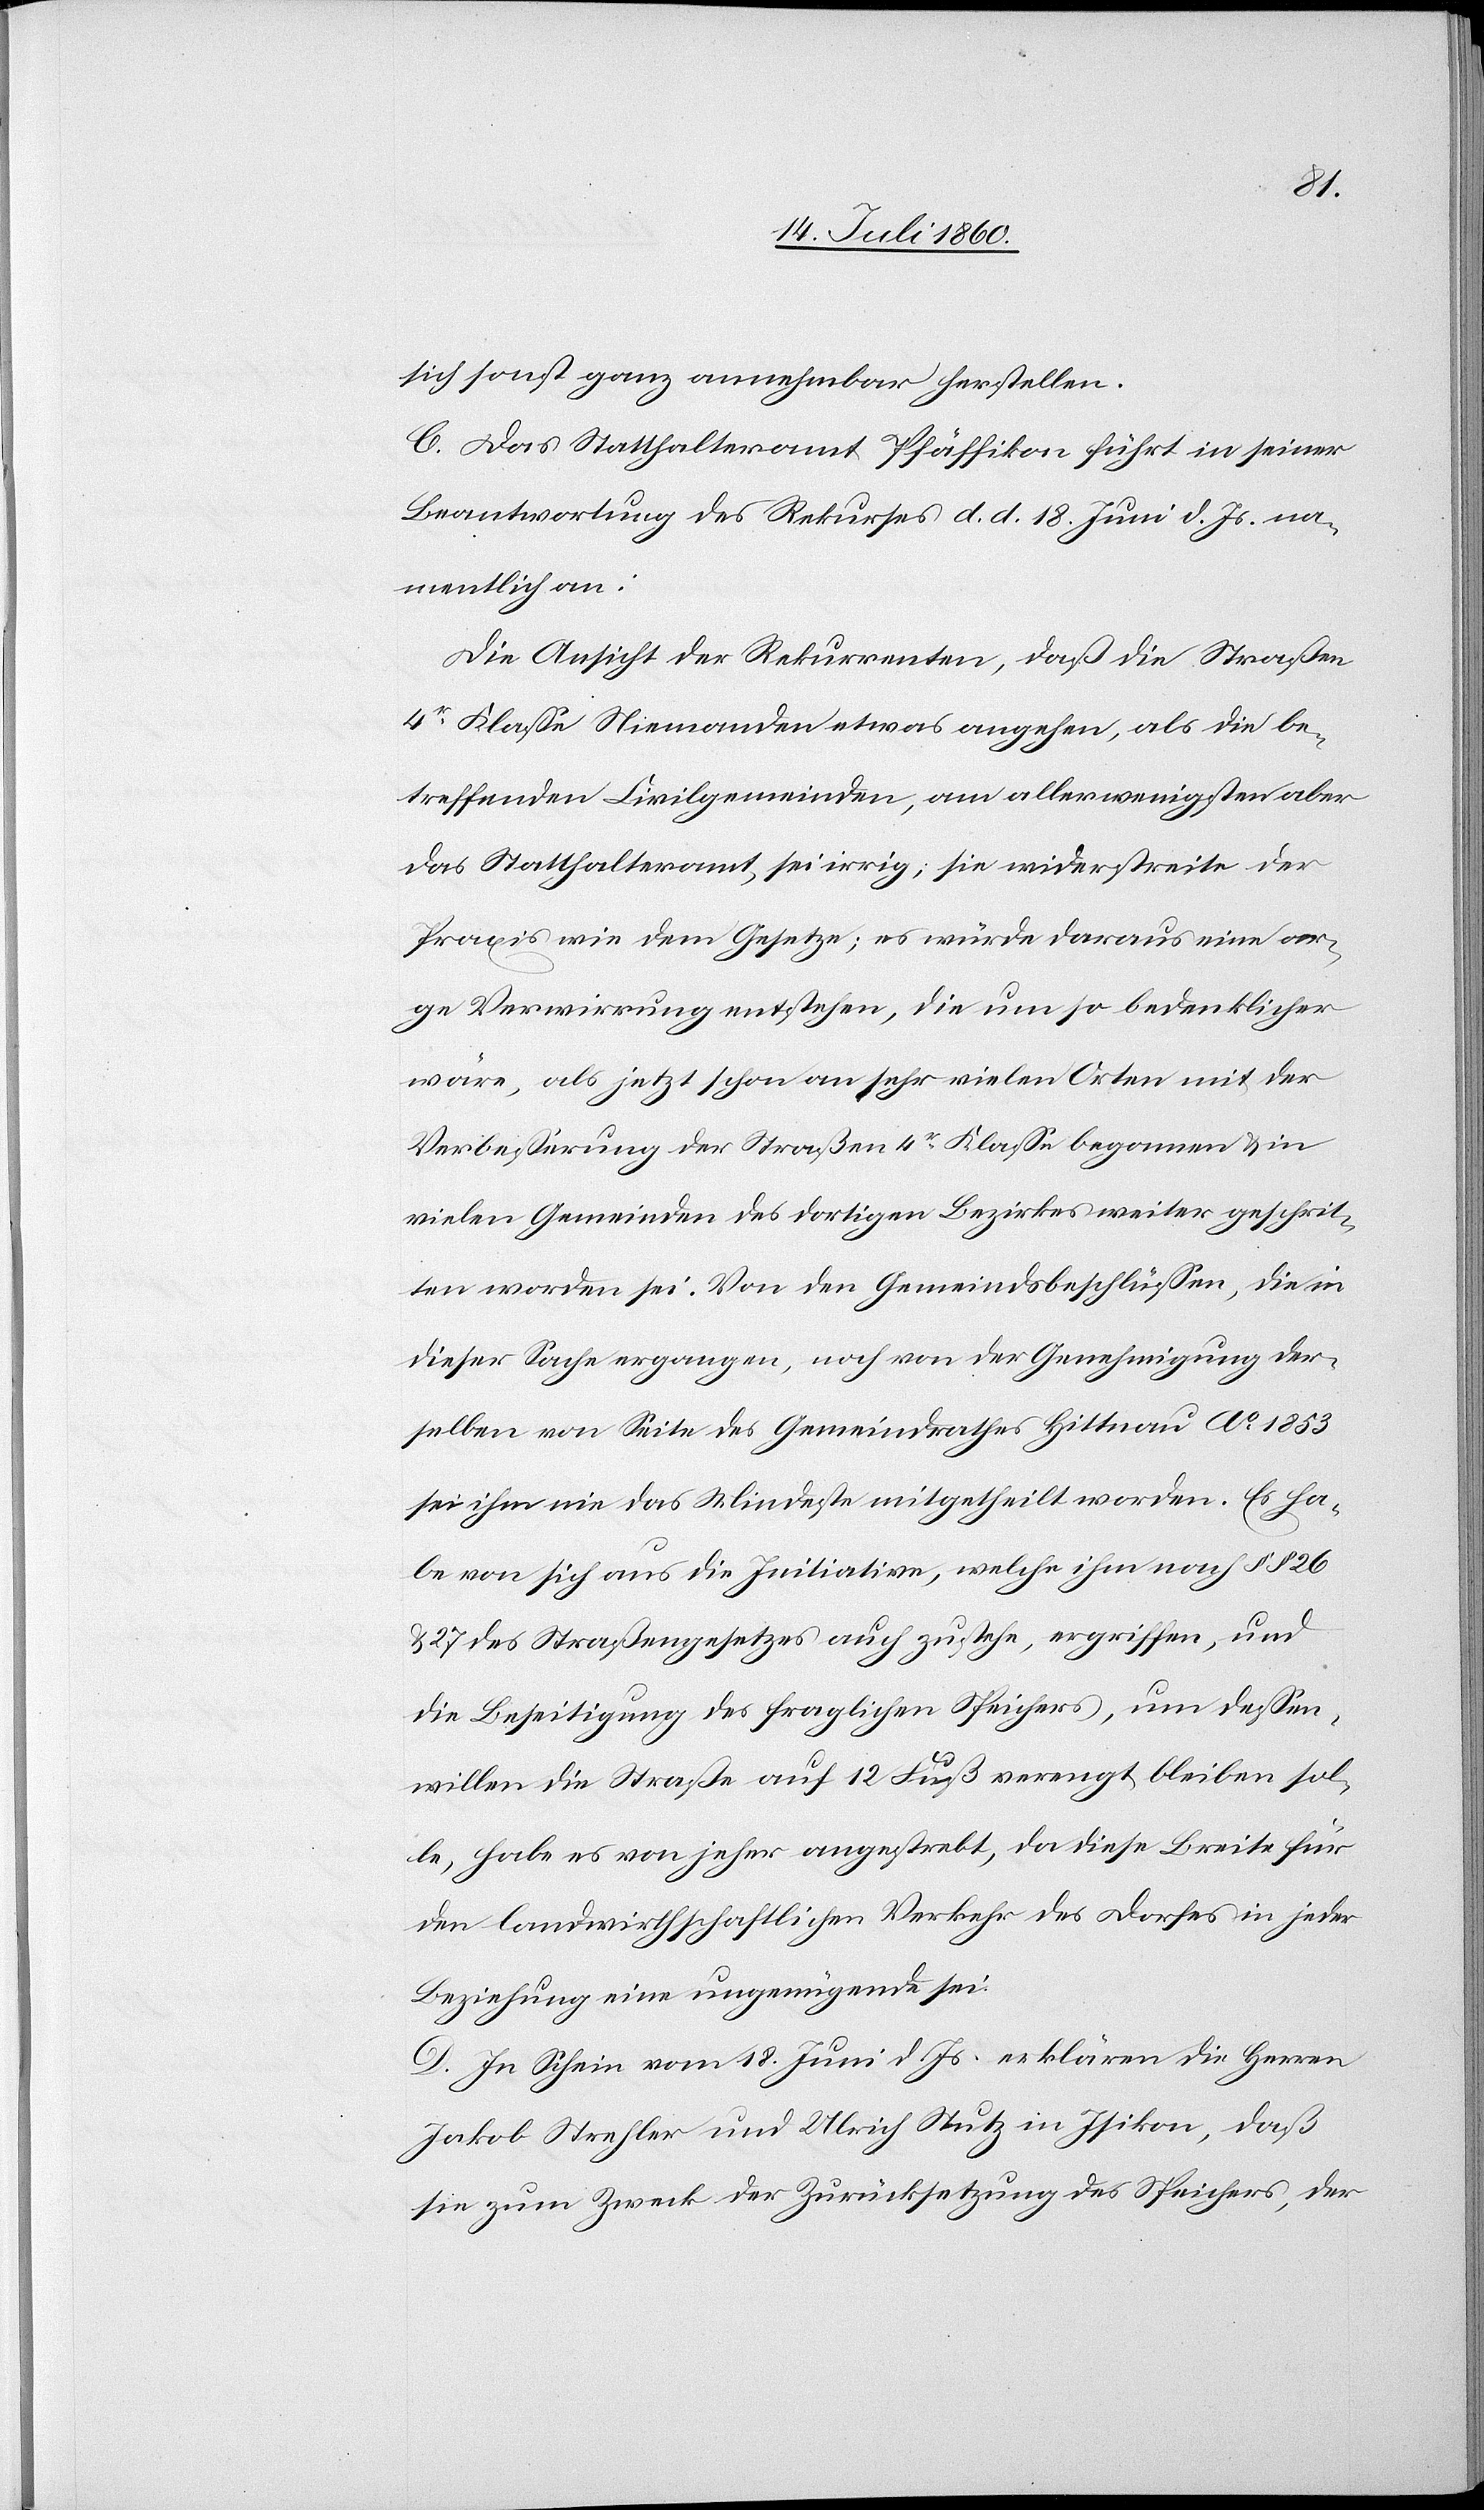
sich sonst ganz annehmbar herstellen.
C. Das Statthalteramt Pfäffikon führt in seiner
Beantwortung des Rekurses d. d. 18. Juni d. Js. na¬
mentlich an:
Die Ansicht der Rekurrenten, daß die Straßen
4r. Klasse Niemanden etwas angehen, als die be¬
treffenden Civilgemeinden, am allerwenigsten aber
das Statthalteramt, sei irrig; sie widerstreite der
Praxis wie dem Gesetze; es würde daraus eine ar¬
ge Verwirrung entstehen, die um so bedenklicher
wäre, als jetzt schon an sehr vielen Orten mit der
Verbesserung der Straßen 4r. Klasse begonnen & in
vielen Gemeinden des dortigen Bezirkes weiter geschrit¬
ten worden sei. Von den Gemeindsbeschlüssen, die in
dieser Sache ergangen, noch von der Genehmigung der¬
selben von Seite des Gemeindrathes Hittnau Ao. 1853
sei ihm nie das Mindeste mitgetheilt worden. Es ha¬
be von sich aus die Initiative, welche ihm nach §§ 26
& 27 des Straßengesetzes auch zustehe, ergriffen, und
die Beseitigung des fraglichen Speichers, um dessen¬
willen die Straße auf 12 Fuß verengt bleiben sol¬
le, habe es von jeher angestrebt, da diese Breite für
den landwirthschaftlichen Verkehr des Dorfes in jeder
Beziehung eine ungenügende sei.
D. In Schein vom 18. Juni d. Js. erklären die Herren
Jakob Strehler und Ulrich Stutz in Isikon, daß
sie zum Zweck der Zurücksetzung des Speichers, der